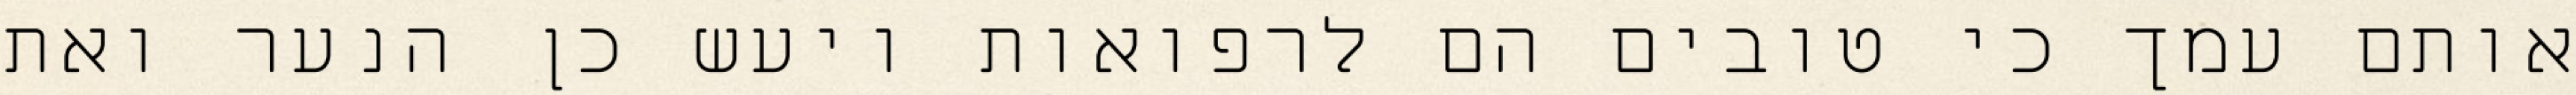
אותם עמך כי טובים הם לרפואות ויעש כן הנער ואת